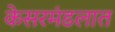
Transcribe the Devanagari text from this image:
केसरमंडलात